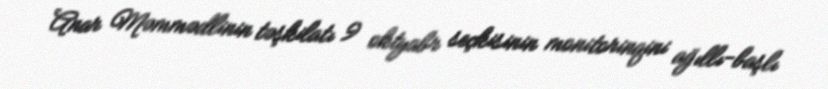
Anar Məmmədlinin təşkilatı 9 oktyabr seçkisinin monitorinqini ağıllı-başlı